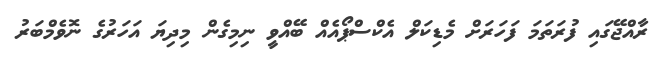
ރާއްޖޭގައި ފުރަތަމަ ފަހަރަށް މެޑިކަލް އެކްސްޕޯއެއް ބޭއްވީ ނިމިގެން މިދިޔަ އަހަރުގެ ނޮވެމްބަރު